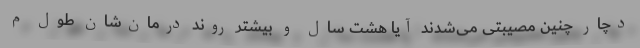
دچار چنین مصیبتی می‌شدند آیا هشت سال و بیشتر روند درمان‌شان طول م